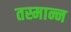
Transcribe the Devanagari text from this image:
तस्मान्न